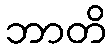
ဘာတိ